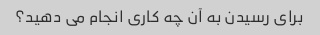
برای رسیدن به آن چه کاری انجام می دهید؟